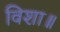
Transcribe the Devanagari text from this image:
विशा॥